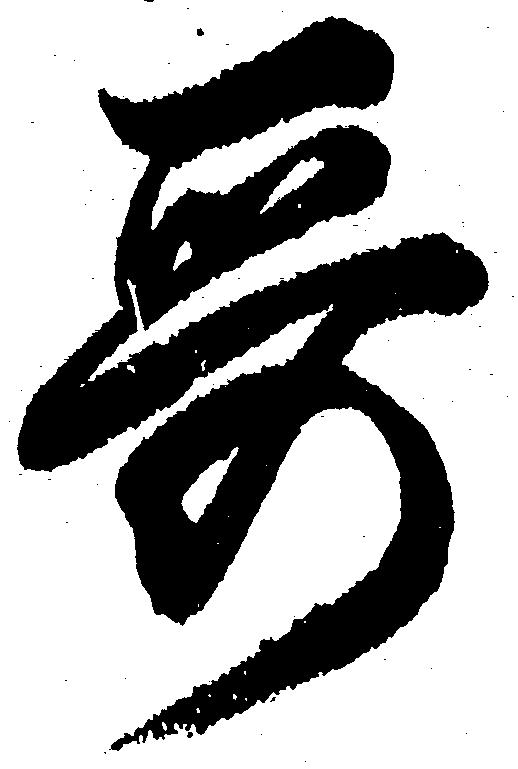
哥